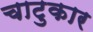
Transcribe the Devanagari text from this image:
चाटुकार